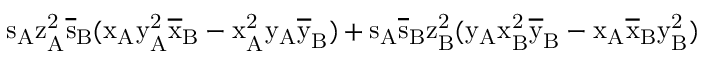
\mathrm { s _ { A } \mathrm { z _ { A } ^ { 2 } \mathrm { \overline { { s } } _ { B } ( \mathrm { x _ { A } \mathrm { y _ { A } ^ { 2 } \mathrm { \overline { { x } } _ { B } - \mathrm { x _ { A } ^ { 2 } \mathrm { y _ { A } \mathrm { \overline { { y } } _ { B } ) + \mathrm { s _ { A } \mathrm { \overline { { s } } _ { B } \mathrm { z _ { B } ^ { 2 } ( \mathrm { y _ { A } \mathrm { x _ { B } ^ { 2 } \mathrm { \overline { { y } } _ { B } - \mathrm { x _ { A } \mathrm { \overline { { x } } _ { B } \mathrm { y _ { B } ^ { 2 } ) } } } } } } } } } } } } } } } } } }